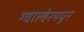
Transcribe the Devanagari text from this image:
ग्वाल्हेरमधून